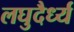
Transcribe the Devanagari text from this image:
लघुदैर्ध्य